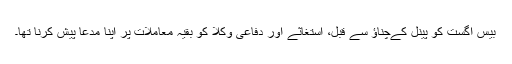
بیس اگست کو پینل کےچناؤ سے قبل، استغاثے اور دفاعی وکلا کو بقیہ معاملات پر اپنا مدعا پیش کرنا تھا۔